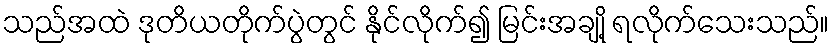
သည်အထဲ ဒုတိယတိုက်ပွဲတွင် နိုင်လိုက်၍ မြင်းအချို့ ရလိုက်သေးသည်။